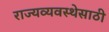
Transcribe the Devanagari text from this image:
राज्यव्यवस्थेसाठी